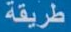
طريقة